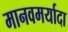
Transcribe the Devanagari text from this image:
मानवमर्यादा